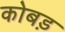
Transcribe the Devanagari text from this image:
कोबड़